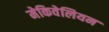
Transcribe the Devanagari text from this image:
मेकिवेलियन